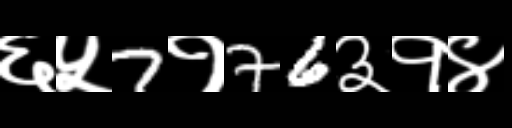
Text: ६५7१76३१४